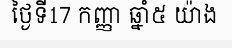
ថ្ងៃទី17 កញ្ញា ឆ្នាំ៥ យ៉ាង